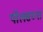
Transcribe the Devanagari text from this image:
पॉलसच्या